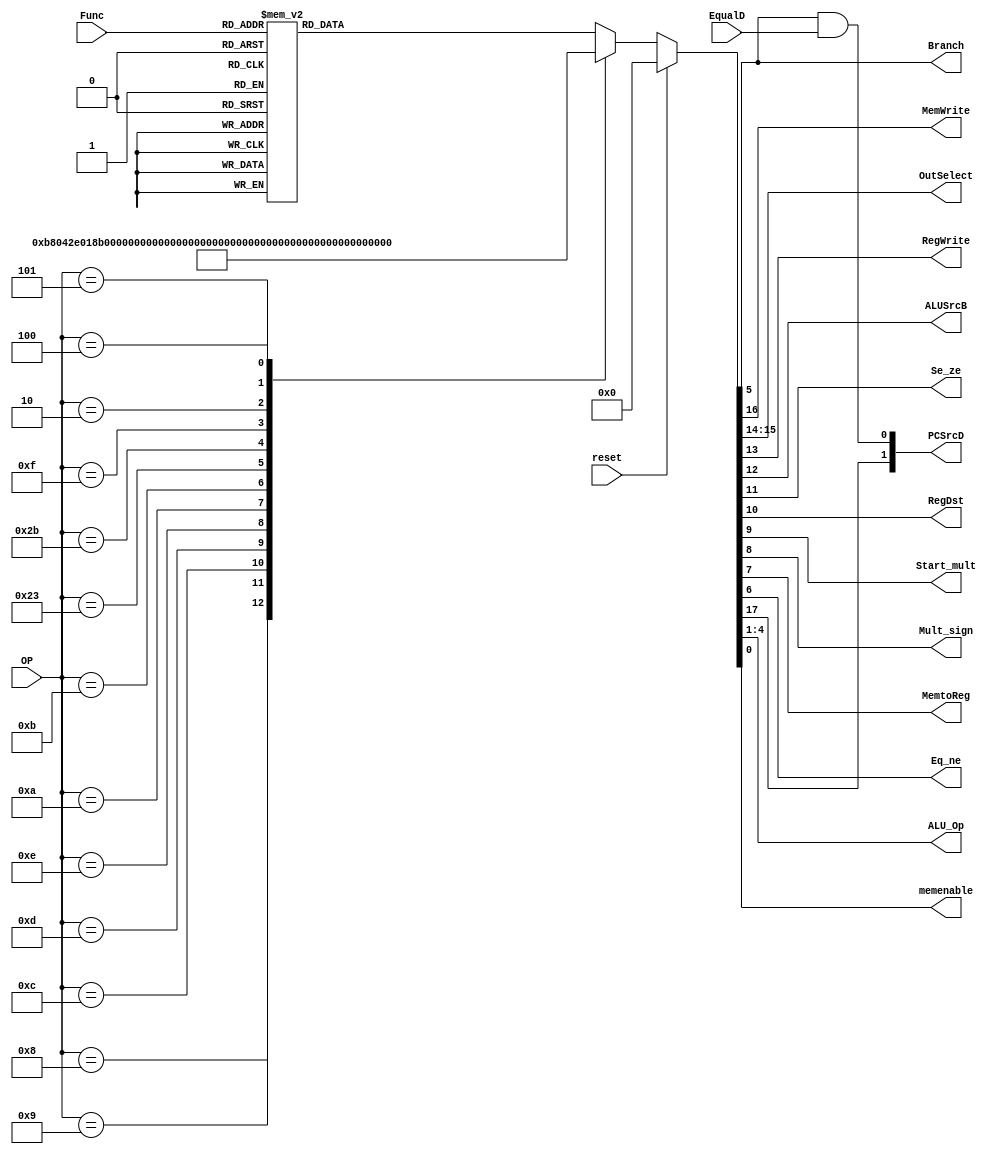
module Controller (input EqualD, input [5:0] OP,input [5:0] Func, /*input clk,*/ input reset, output MemWrite, /*output jump,*/
	output [1:0] OutSelect, output RegWrite, output ALUSrcB, output Se_ze, output RegDst,
	output Start_mult, output Mult_sign, output MemtoReg, output Eq_ne, output Branch, output [1:0] PCSrcD, output [3:0] ALU_Op,
	output memenable);
	
	reg [17:0] controls;
	wire jump;

	assign {jump,MemWrite, OutSelect, RegWrite, ALUSrcB, Se_ze, RegDst,Start_mult, Mult_sign, MemtoReg, Eq_ne, Branch, ALU_Op, memenable} = controls;
	assign PCSrcD = {jump, (Branch&EqualD)};
	
	always @* begin
		if (reset) begin
		controls <= 18'b0;
		end else begin	
		
		case(OP)
			6'b001000: controls <= 18'b001011100000000100; // addi
			6'b001001: controls <= 18'b001011100000000110; // addiu
			6'b001100: controls <= 18'b001011000000000000; // andi
			6'b001101: controls <= 18'b001011000000000010; // ori
			6'b001110: controls <= 18'b001011000000001100; // xori
			6'b001010: controls <= 18'b001011100000010000; // slti
			6'b001011: controls <= 18'b001011100000010010; // sltiu
			6'b100011: controls <= 18'b001011000010000101; // lw
			6'b101011: controls <= 18'b011001000000000101; // sw
			6'b001111: controls <= 18'b001111000000000000; // lui
			6'b000010: controls <= 18'b100000000000000000; // j
			6'b000101: controls <= 18'b000000100000100000; // bne
			6'b000100: controls <= 18'b000000100001100000; // beq
			default:
				case(Func)
					6'b100000: controls <= 18'b001010010000000100; //add
					6'b100001: controls <= 18'b001010010000000110; //addu
					6'b100010: controls <= 18'b001010010000001000; //sub
					6'b100011: controls <= 18'b001010010000001010; //subu
					6'b100100: controls <= 18'b001010010000000000; //and
					6'b100101: controls <= 18'b001010010000000010; //or
					6'b100110: controls <= 18'b001010010000001100; //xor
					6'b101010: controls <= 18'b001010010000010000; //slt
					6'b101011: controls <= 18'b001010010000010010; //sltu
					6'b011000: controls <= 18'b000000001100000000; //mult
					6'b011001: controls <= 18'b000000001000000000; //multu
					6'b010000: controls <= 18'b000010010000000000; //mfhi
					6'b010010: controls <= 18'b000110010000000000; //mflo
					default: controls <= 18'b001010010000001110; //xnor
				endcase
				
		endcase
		end
	end
				
endmodule